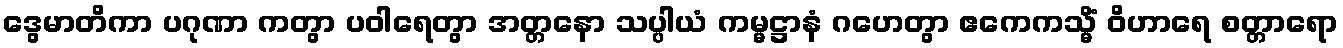
ဒွေမာတိကာ ပဂုဏာ ကတွာ ပဝါရေတွာ အတ္တနော သပ္ပါယံ ကမ္မဋ္ဌာနံ ဂဟေတွာ ဧကေကသ္မိံ ဝိဟာရေ စတ္တာရော